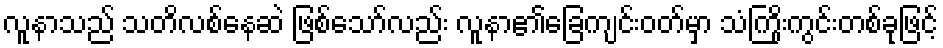
လူနာသည် သတိလစ်နေဆဲ ဖြစ်သော်လည်း လူနာ၏ခြေကျင်းဝတ်မှာ သံကြိုးကွင်းတစ်ခုဖြင့်